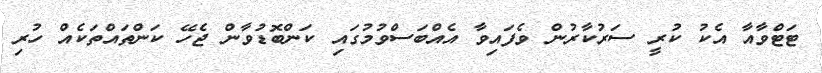
ޓަޓްވާއާ އެކު ކުރީ ސަރުކާރުން ވެފައިވާ އެއްބަސްވުމުގައި ކަންބޮޑުވާން ޖެހޭ ކަންތައްތަކެއް ހުރި